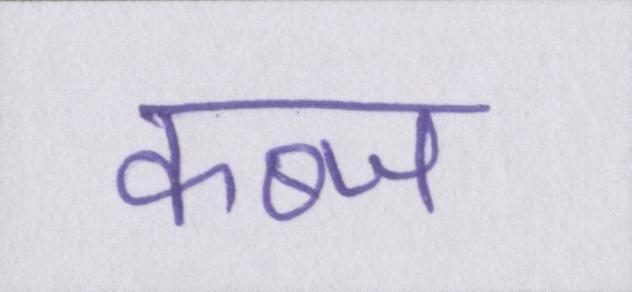
कब्ज